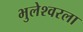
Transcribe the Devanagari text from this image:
भुलेश्वरला